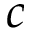
c